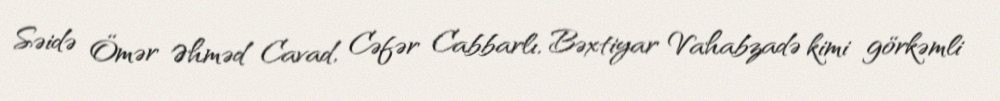
Səidə Ömər Əhməd Cavad, Cəfər Cabbarlı, Bəxtiyar Vahabzadə kimi görkəmli